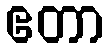
ဧတာ